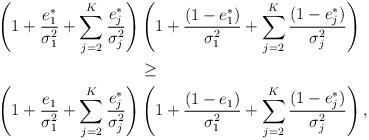
LaTeX: \begin{align*}\left(1+\frac{e_1^*}{\sigma_1^2}+\sum\limits_{j=2}^K\frac{e_j^*}{\sigma_j^2}\right)&\left(1+\frac{(1-e_1^*)}{\sigma_1^2}+\sum\limits_{j=2}^K\frac{(1-e_j^*)}{\sigma_j^2}\right)\\&\geq\\\left(1+\frac{e_1}{\sigma_1^2}+\sum\limits_{j=2}^K\frac{e_j^*}{\sigma_j^2}\right)&\left(1+\frac{(1-e_1)}{\sigma_1^2}+\sum\limits_{j=2}^K\frac{(1-e_j^*)}{\sigma_j^2}\right),\end{align*}